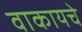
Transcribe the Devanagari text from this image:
वाकायचे